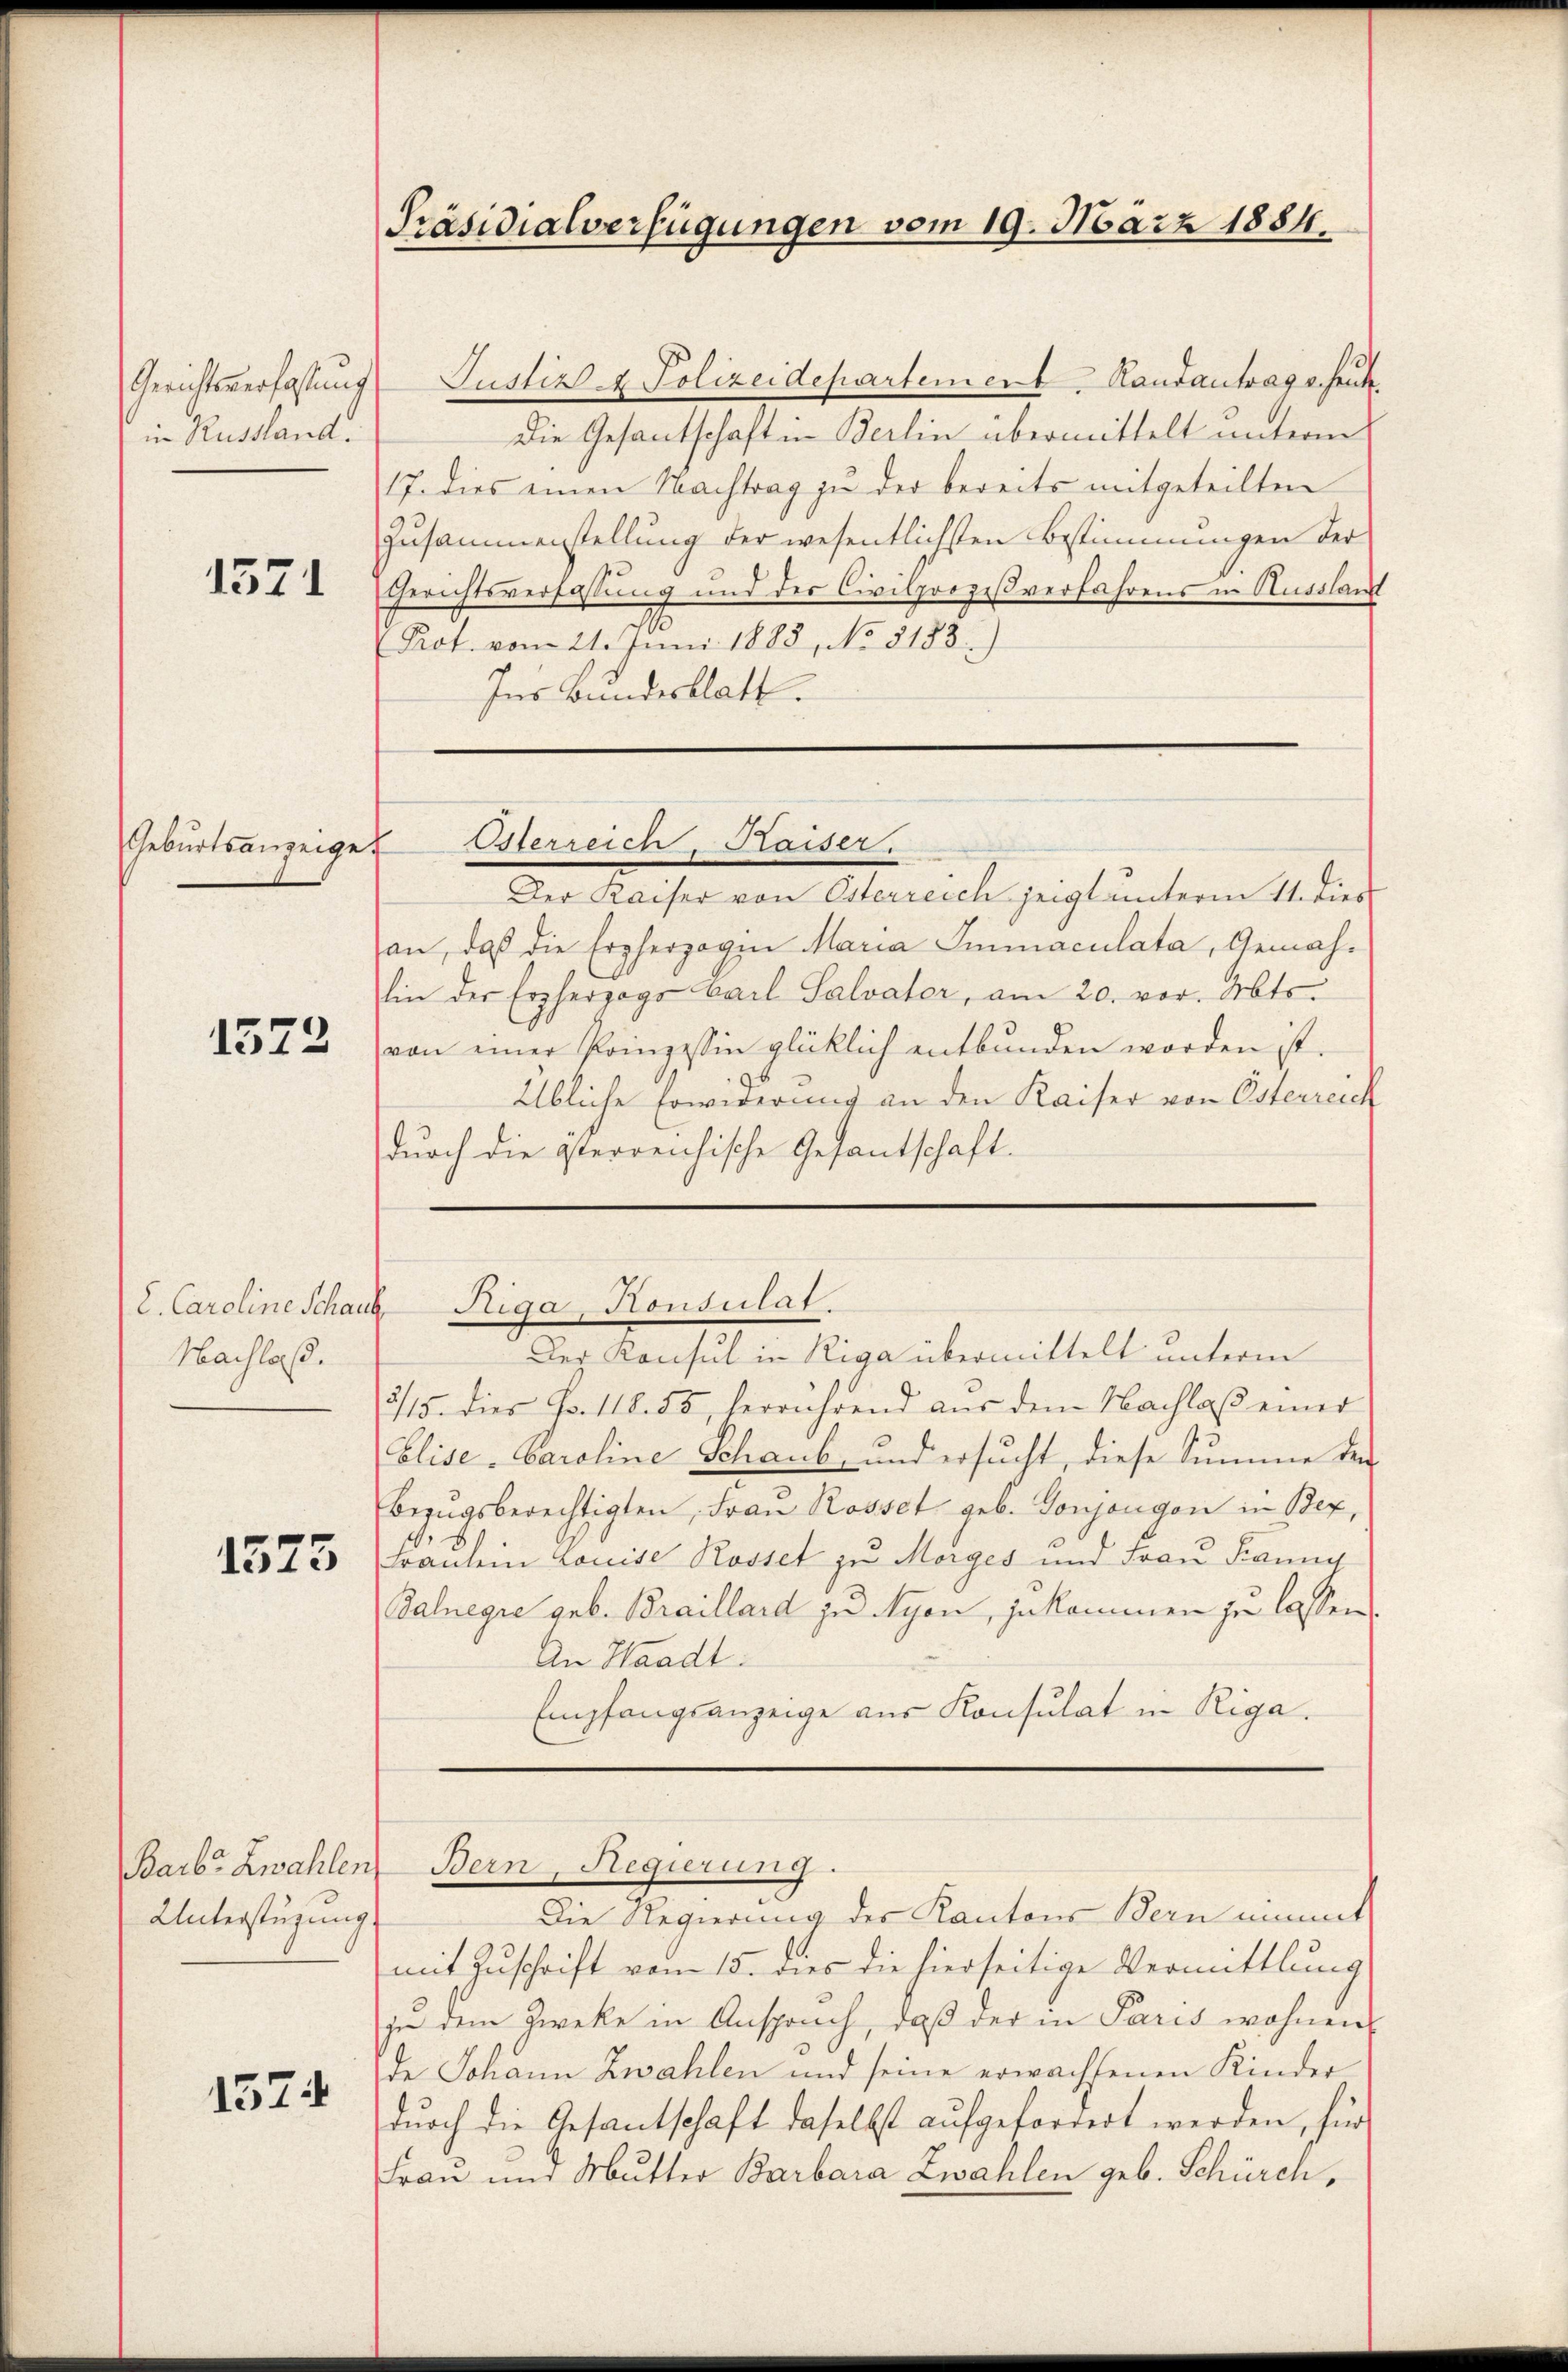
Gerichtsverfassung
in Russland.

1571

Geburtsanzeige

1572

L. Caroline Schaus
Nachlas.

1525

Barb. Zwahlen
Unterstüzung

1574

Präsidialverfügungen vom 19. März 1884.

f

Justiz & Polizeidepartement Randantrag v. heute
Die Gesantschaft in Berlin übermittelt unterm
17. dies einen Nachtrag zu der bereits mitgeteilten
Zusammenstellung der wesentlichsten Bestimmungen der
Gerichtsverfassung und der Civilprozeßverfahrens in Ausslan
Pot. vom 21. Juni 1888, No. 5183.
Ins Bundesblatt.
Der Kaiser von Osterreich zeigt unterm 11. dies
an, daß die Erzherzogen Maria Smmaculata, Gemahin der Erzherzogs Carl Salvater, am 20. vor. Mts.
von einer Prinzessin glücklich entbunden worden ist.
Übliche Erwirrung an den Kaiser von Esterreich
durch die österreichische Gesantschaft.
Diga, Konsulat.
Der Konsul in Riga übermittelt unterm
715. dies Fr. 118. 58, herrührend aŭs dem Nachlaβ einer
Elise- Caroline Schaub, und ersucht, diese Summe der
Bezŭgsberechtigten, Frau Rosset geb. Gonjangen in Bex,
trauten Louise Rosset zu Morges und Frau Pannes
Salnegre geb. Braillard zu Ayon, zukommen zu lassen.
An Waadt.
Empfangsanzeige aus Konsulat in Riga

Osterreich, Kaiser.

Bern, Regierung.

Die Regierung des Kantons Bernimmt
mit Zuschrift vom 15. dies die hierseitige Vermittlung
zu dem Zwecke in Anspruch, daß der in Paris wohnens
de Johann Zwahlen und seine erwachsenen Kinder
durch die Gesantschaft daselbst aufgefordert werden, für
Frau und Mutter Barbara Zwahlen geb. Schürch,